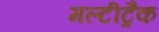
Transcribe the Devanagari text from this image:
मल्टीट्रैक